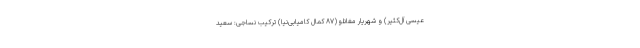
عیسی آل‌کثیر) و شهریار مغانلو (۸۷ کمال کامیابی‌نیا) ترکیب نساجی: سعید